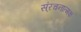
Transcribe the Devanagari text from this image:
स्ंरचनात्मक